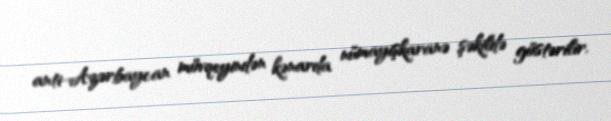
anti-Azərbaycan mövqeyindən kənarda nümayişkaranə şəkildə göstərilir.